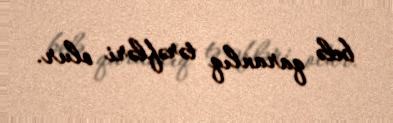
belə qaranlıq tərəfləri olur.